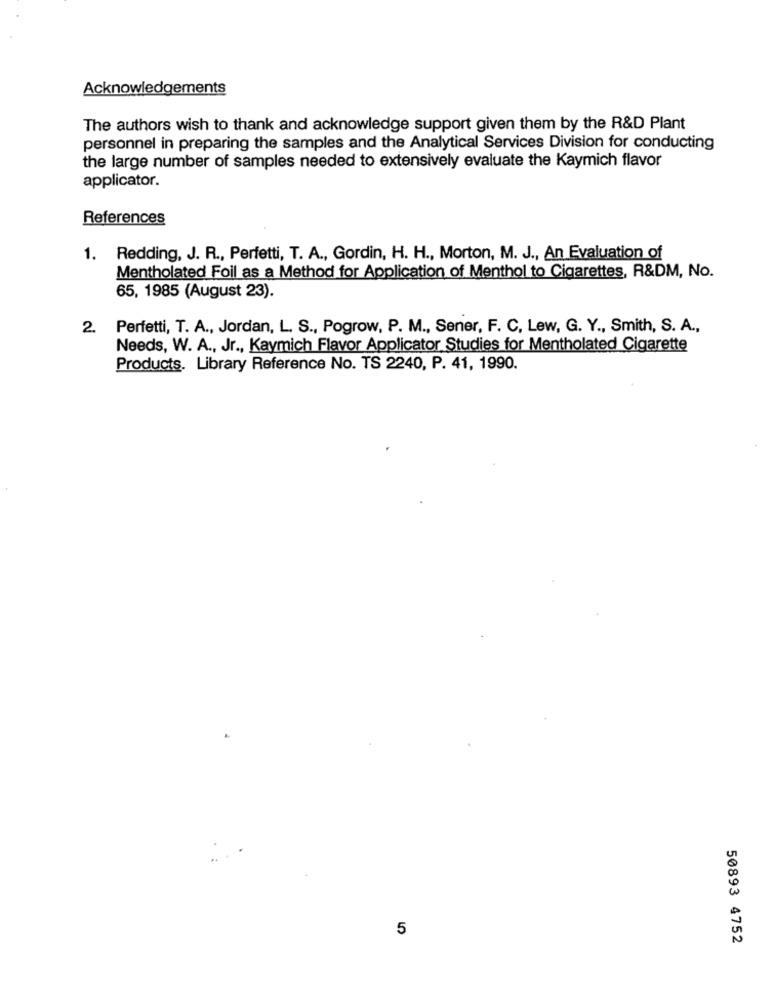
Acknowledgements
The authors wish to thank and acknowledge support given them by the R&D Plant
personnel in preparing the samples and the Analytical Services Division for conducting
the large number of samples needed to extensively evaluate the Kaymich flavor
applicator.
References
1. Redding, J. R ., Perfetti, T. A ., Gordin, H. H ., Morton, M. J ., An Evaluation of
Mentholated Foil as a Method for Application of Menthol to Cigarettes, R&DM, No.
65, 1985 (August 23).
2.
Perfetti, T. A ., Jordan, L. S ., Pogrow, P. M ., Sener, F. C. Lew, G. Y ., Smith, S. A .,
Needs, W. A ., Jr ., Kaymich Flavor Applicator Studies for Mentholated Cigarette
Products. Library Reference No. TS 2240, P. 41, 1990.
5
50893 4752